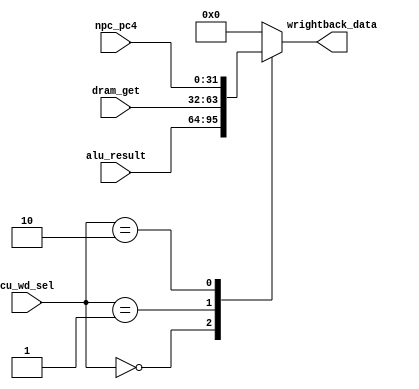
//`timescale 1ns / 1ps


module wright_back(
    input [31:0]alu_result,
    input [31:0]dram_get,
    input [31:0]npc_pc4,
    input [1:0]cu_wd_sel,
    output reg [31:0]wrightback_data
    );
    always @(*) begin
        case (cu_wd_sel)
            2'b00:wrightback_data=alu_result;
            2'b01:wrightback_data=dram_get;
            2'b10:wrightback_data=npc_pc4;
            default:wrightback_data=32'b0;
        endcase
    end
    
    
endmodule